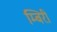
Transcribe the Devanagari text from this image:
म्बिरी